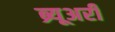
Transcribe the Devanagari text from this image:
ब्र्यूअरी